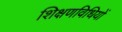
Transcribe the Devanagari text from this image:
शिक्षणविधियों